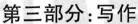
第三部分：写作